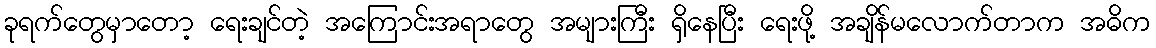
ခုရက်တွေမှာတော့ ရေးချင်တဲ့ အကြောင်းအရာတွေ အများကြီး ရှိနေပြီး ရေးဖို့ အချိန်မလောက်တာက အဓိက